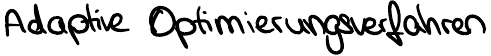
Adaptive Optimierungsverfahren